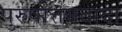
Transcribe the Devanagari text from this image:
पुरुषोत्तमदादा